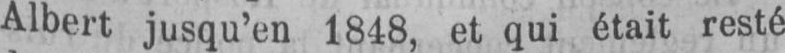
Albert jusqu’en 1848, et qui était resté